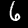
Label: 6